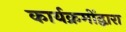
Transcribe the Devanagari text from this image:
कार्यक्रमोंद्वारा